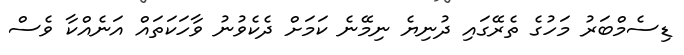
ޑިސެމްބަރު މަހުގެ ތެރޭގައި ދުނިޔެ ނިމޭނެ ކަމަށް ދެކެވުނު ވާހަކަތައް އަނެއްކާ ވެސް